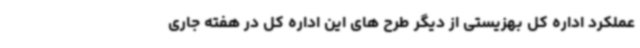
عملکرد اداره کل بهزیستی از دیگر طرح های این اداره کل در هفته جاری